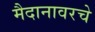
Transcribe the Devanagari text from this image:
मैदानावरचे